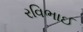
રવિભાઈ